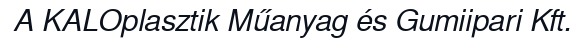
A KALOplasztik Műanyag és Gumiipari Kft.